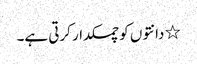
٭ دانتوں کو چمکدار کرتی ہے۔